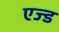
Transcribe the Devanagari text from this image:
एज्ड